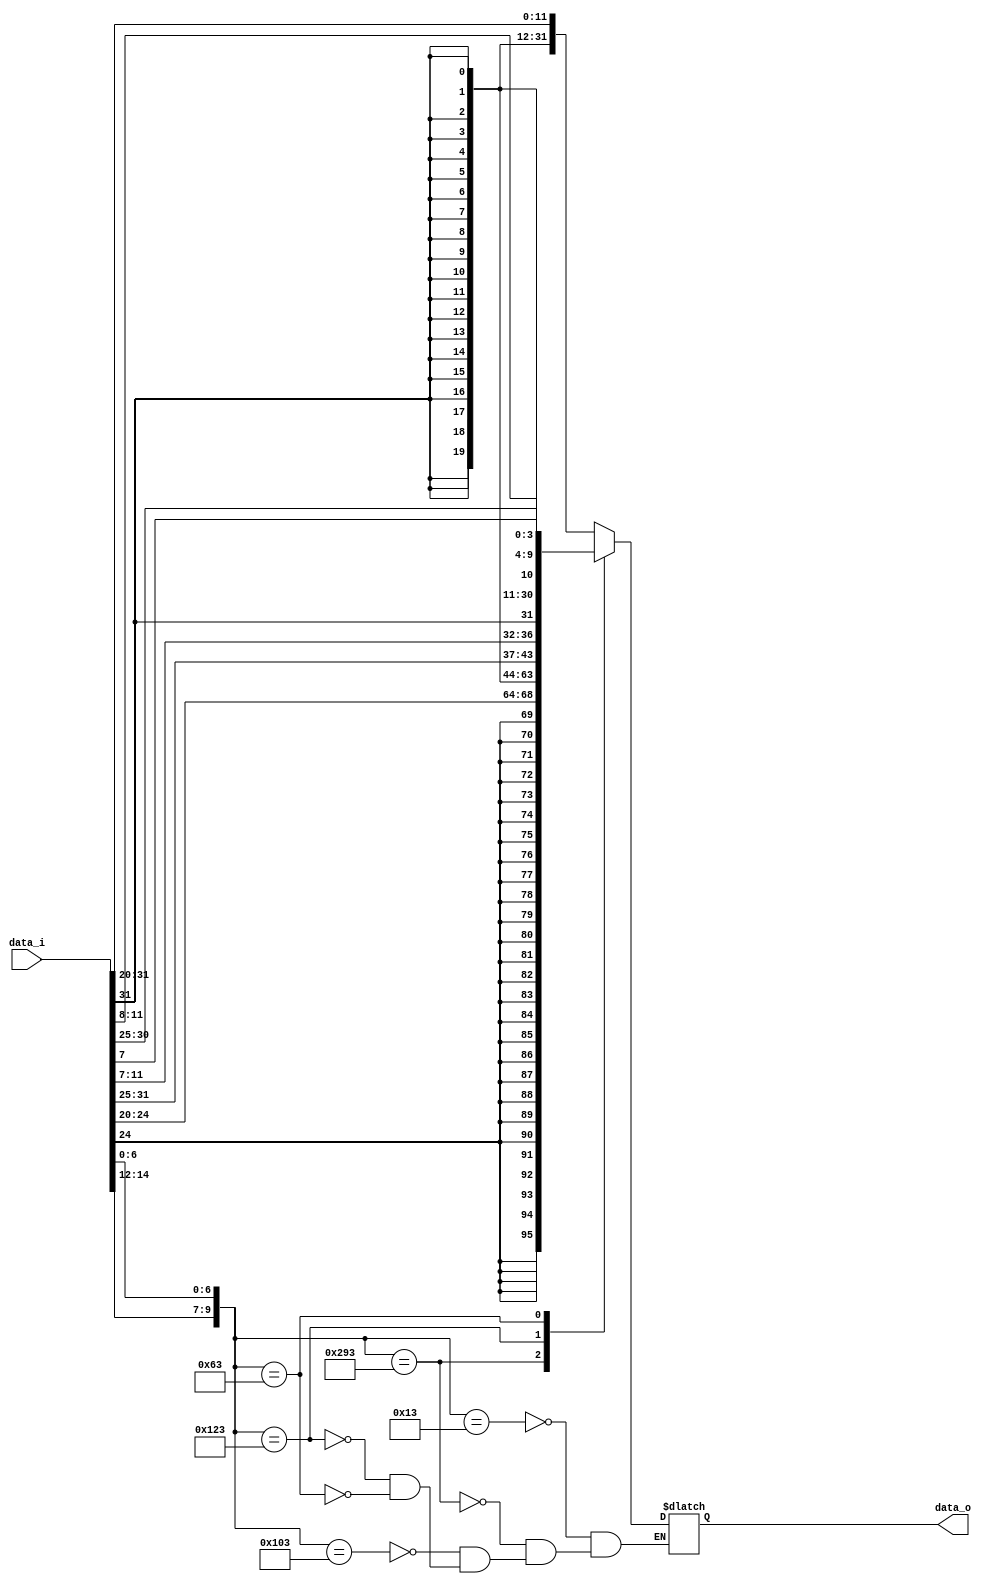
module Sign_Extend (
    data_i,
    data_o
);
input [31:0] data_i;
output [31:0] data_o;

reg signed [31:0] data_o;
wire signed [11:0] imm12;
assign imm12 = data_i[31:20];
wire signed [4:0] srai_imm;
assign srai_imm = data_i[24:20];
wire signed [11:0] sw_imm;
assign sw_imm = {data_i[31:25], data_i[11:7]};
wire signed [11:0] beq_imm;
assign beq_imm = {data_i[31], data_i[7], data_i[30:25], data_i[11:8]};


`define ADDI 10'b0000010011
`define SRAI 10'b1010010011
`define LW 10'b0100000011
`define SW 10'b0100100011
`define BEQ 10'b0001100011


wire [9:0] funct3_opcode;
assign funct3_opcode = {data_i[14:12], data_i[6:0]};



// assign data_o = {{20{data_i[11]}},data_i};
always @(*) begin
    case (funct3_opcode)
    `ADDI: data_o <= {{20{imm12[11]}}, imm12};
    `SRAI: data_o <= {{27{srai_imm[4]}}, srai_imm};
    `LW: data_o <= {{20{imm12[11]}}, imm12};
    `SW: data_o <= {{20{sw_imm[11]}}, sw_imm};
    `BEQ: data_o <= {{20{beq_imm[11]}}, beq_imm};
endcase
end
endmodule